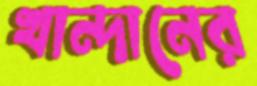
খান্দানের